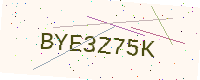
Text: BYE3Z75K